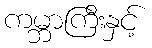
ကမ္ဘာကြီးနှင့်